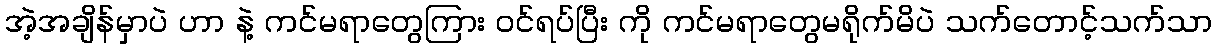
အဲ့အချိန်မှာပဲ ဟာ နဲ့ ကင်မရာတွေကြား ဝင်ရပ်ပြီး ကို ကင်မရာတွေမရိုက်မိပဲ သက်တောင့်သက်သာ